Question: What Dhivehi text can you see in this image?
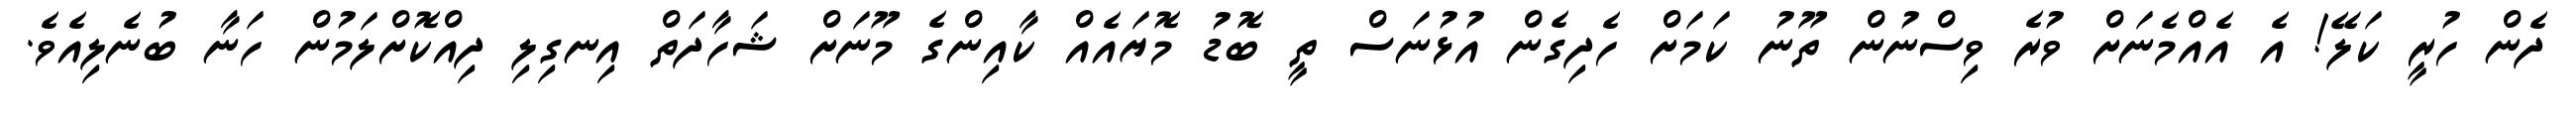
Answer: ދެން ހުރީ ކަލޭ! އެ އެއްމެނަށް ވުރެ ވިސްނުން ތޫނު ކަމަށް ހެދިގެން އުޅުނަސް ތީ ބޮޑު މޮޔައެއް ކާއިންގެ މޫނަށް ޝަހާދަތް އިނގިލި ދިއްކޮށްލަމުން ހަނާ ބުނެލިއެވެ.